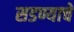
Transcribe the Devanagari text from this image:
सडण्याचे